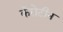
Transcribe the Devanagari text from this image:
कॅरोटीन